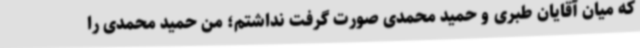
که میان آقایان طبری و حمید محمدی صورت گرفت نداشتم؛ من حمید محمدی را